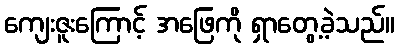
ကျေးဇူးကြောင့် အဖြေကို ရှာတွေ့ခဲ့သည်။